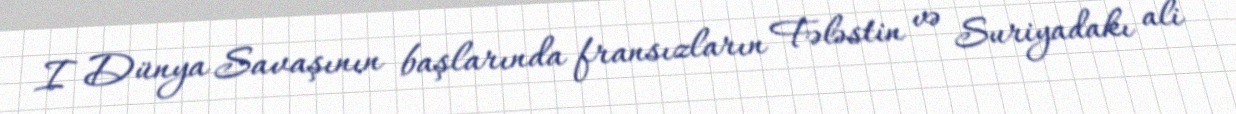
I Dünya Savaşının başlarında fransızların Fələstin və Suriyadakı ali